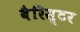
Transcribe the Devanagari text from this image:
वैरिस्टर